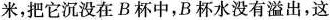
米，把它沉没在B杯中，B杯水没有溢出，这